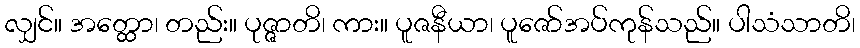
လျှင်။ အတ္ထော၊ တည်း။ ပုဇ္ဇာတိ၊ ကား။ ပူဇနီယာ၊ ပူဇော်အပ်ကုန်သည်။ ပါသံသာတိ၊